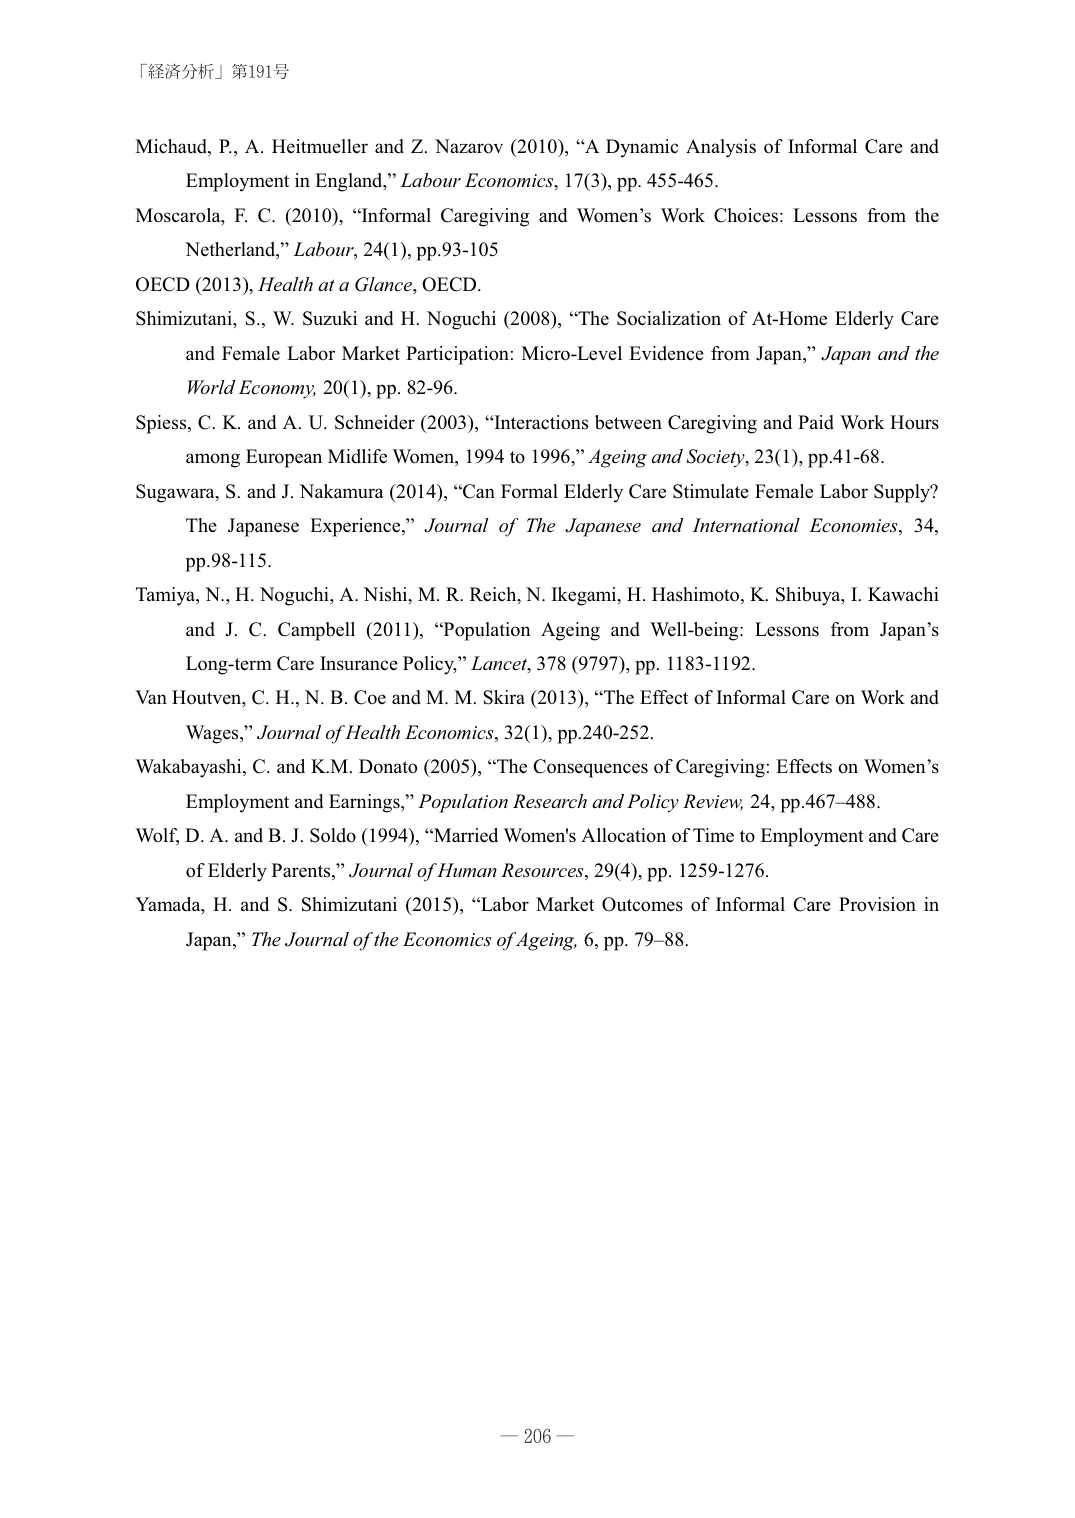
「経済分析」第191号

Michaud, P., A. Heitmueller and Z. Nazarov (2010), “A Dynamic Analysis of Informal Care and Employment in England,” Labour Economics, 17(3), pp. 455-465.

Moscariola, F. C. (2010), “Informal Caregiving and Women’s Work Choices: Lessons from the Netherland,” Labour, 24(1), pp.93-105

OECD (2013), Health at a Glance, OECD.

Shimizutani, S., W. Suzuki and H. Noguchi (2008), “The Socialization of At-Home Elderly Care and Female Labor Market Participation: Micro-Level Evidence from Japan,” Japan and the World Economy, 20(1), pp. 82-96.

Spiess, C. K. and A. U. Schneider (2003), “Interactions between Caregiving and Paid Work Hours among European Midlife Women, 1994 to 1996,” Ageing and Society, 23(1), pp.41-68.

Sugawara, S. and J. Nakamura (2014), “Can Formal Elderly Care Stimulate Female Labor Supply? The Japanese Experience,” Journal of The Japanese and International Economies, 34, pp.98-115.

Tamiya, N., H. Noguchi, A. Nishi, M. R. Reich, N. Ikegami, H. Hashimoto, K. Shibuya, I. Kawachi and J. C. Campbell (2011), “Population Ageing and Well-being: Lessons from Japan’s Long-term Care Insurance Policy,” Lancet, 378 (9797), pp. 1183-1192.

Van Houtven, C. H., N. B. Coe and M. M. Skira (2013), “The Effect of Informal Care on Work and Wages,” Journal of Health Economics, 32(1), pp.240-252.

Wakabayashi, C. and K.M. Donato (2005), “The Consequences of Caregiving: Effects on Women’s Employment and Earnings,” Population Research and Policy Review, 24, pp.467–488.

Wolf, D. A. and B. J. Soldo (1994), “Married Women's Allocation of Time to Employment and Care of Elderly Parents,” Journal of Human Resources, 29(4), pp. 1259-1276.

Yamada, H. and S. Shimizutani (2015), “Labor Market Outcomes of Informal Care Provision in Japan,” The Journal of the Economics of Ageing, 6, pp. 79–88.

— 206 —